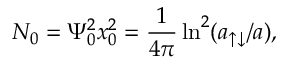
N _ { 0 } = \Psi _ { 0 } ^ { 2 } x _ { 0 } ^ { 2 } = \frac 1 { 4 \pi } \ln ^ { 2 } ( a _ { \uparrow \downarrow } / a ) ,